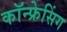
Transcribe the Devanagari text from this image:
कॉन्फ्रेसिंग